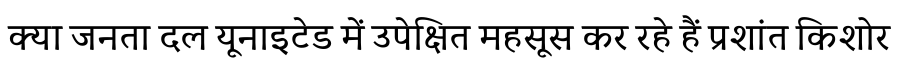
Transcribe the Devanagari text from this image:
क्या जनता दल यूनाइटेड में उपेक्षित महसूस कर रहे हैं प्रशांत किशोर